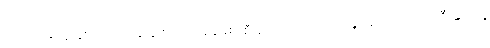
အောင်မြင်မှု နှစ်အပိုင်းအခြားသို့ အချိန်စောစီးစွာကပင် ရောက်နိုင်ခဲ့ပါလျက် ခင်ဦးနွယ်ရဲ့